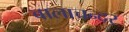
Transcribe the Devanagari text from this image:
बालाचन्दर